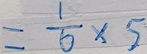
= \frac { 1 } { 6 } \times 5